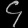
Digit: ၄